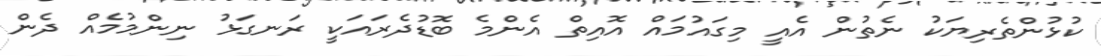
ކުޅުންތެރިޔަކު ނެތުން އެއީ މިގައުމައް އޮއިތް އެންމެ ބޮޑުދެރައަކީ ރަނގަޅު ނިންމުމެއް ދެން